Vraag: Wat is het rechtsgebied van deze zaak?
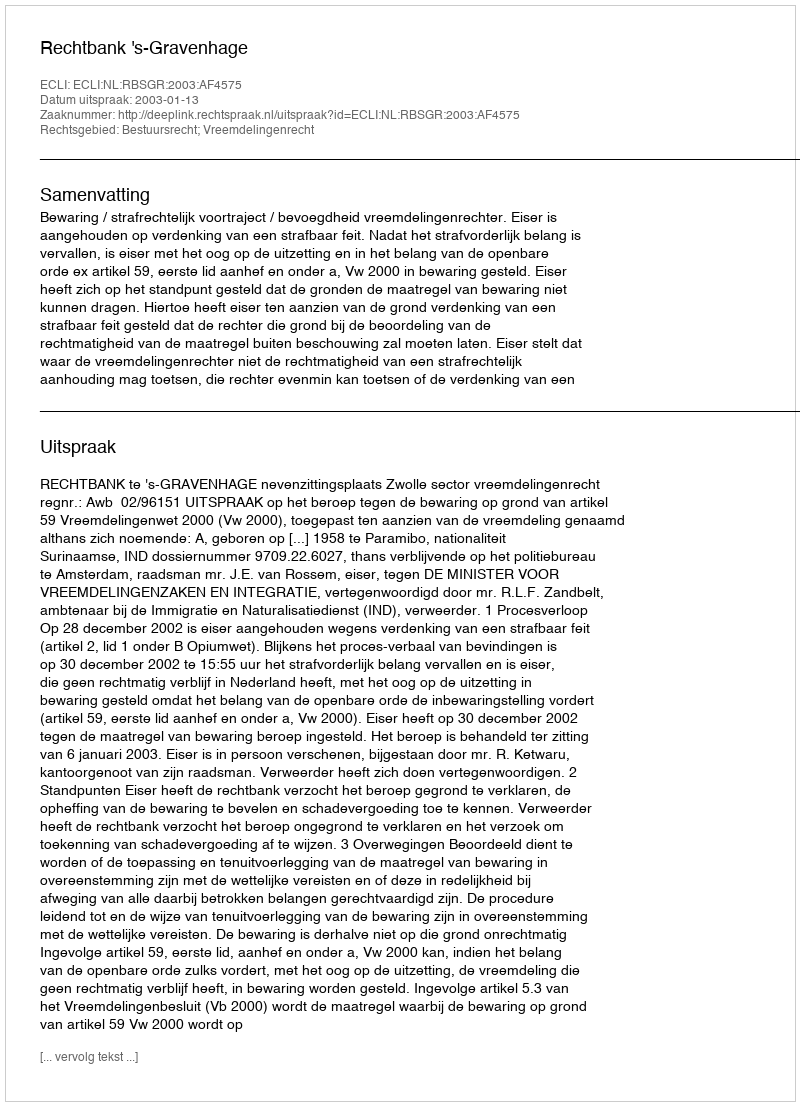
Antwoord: Bestuursrecht; Vreemdelingenrecht